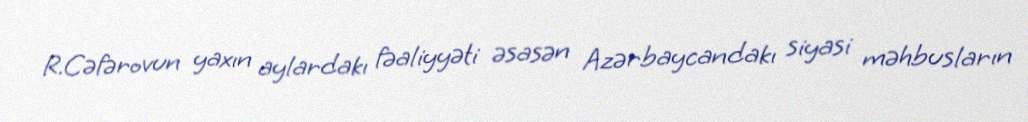
R.Cəfərovun yaxın aylardakı fəaliyyəti əsasən Azərbaycandakı siyasi məhbusların